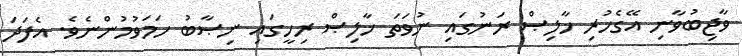
ވާޖިބުވާނި އޭގެހުރި ޚާލިޞް ރަނުގައި ނުވަތަ ޚާލިޞް ރިހީގައި ނިޞާބު ހަމަވުމުންނެވެ. އެފަދަ